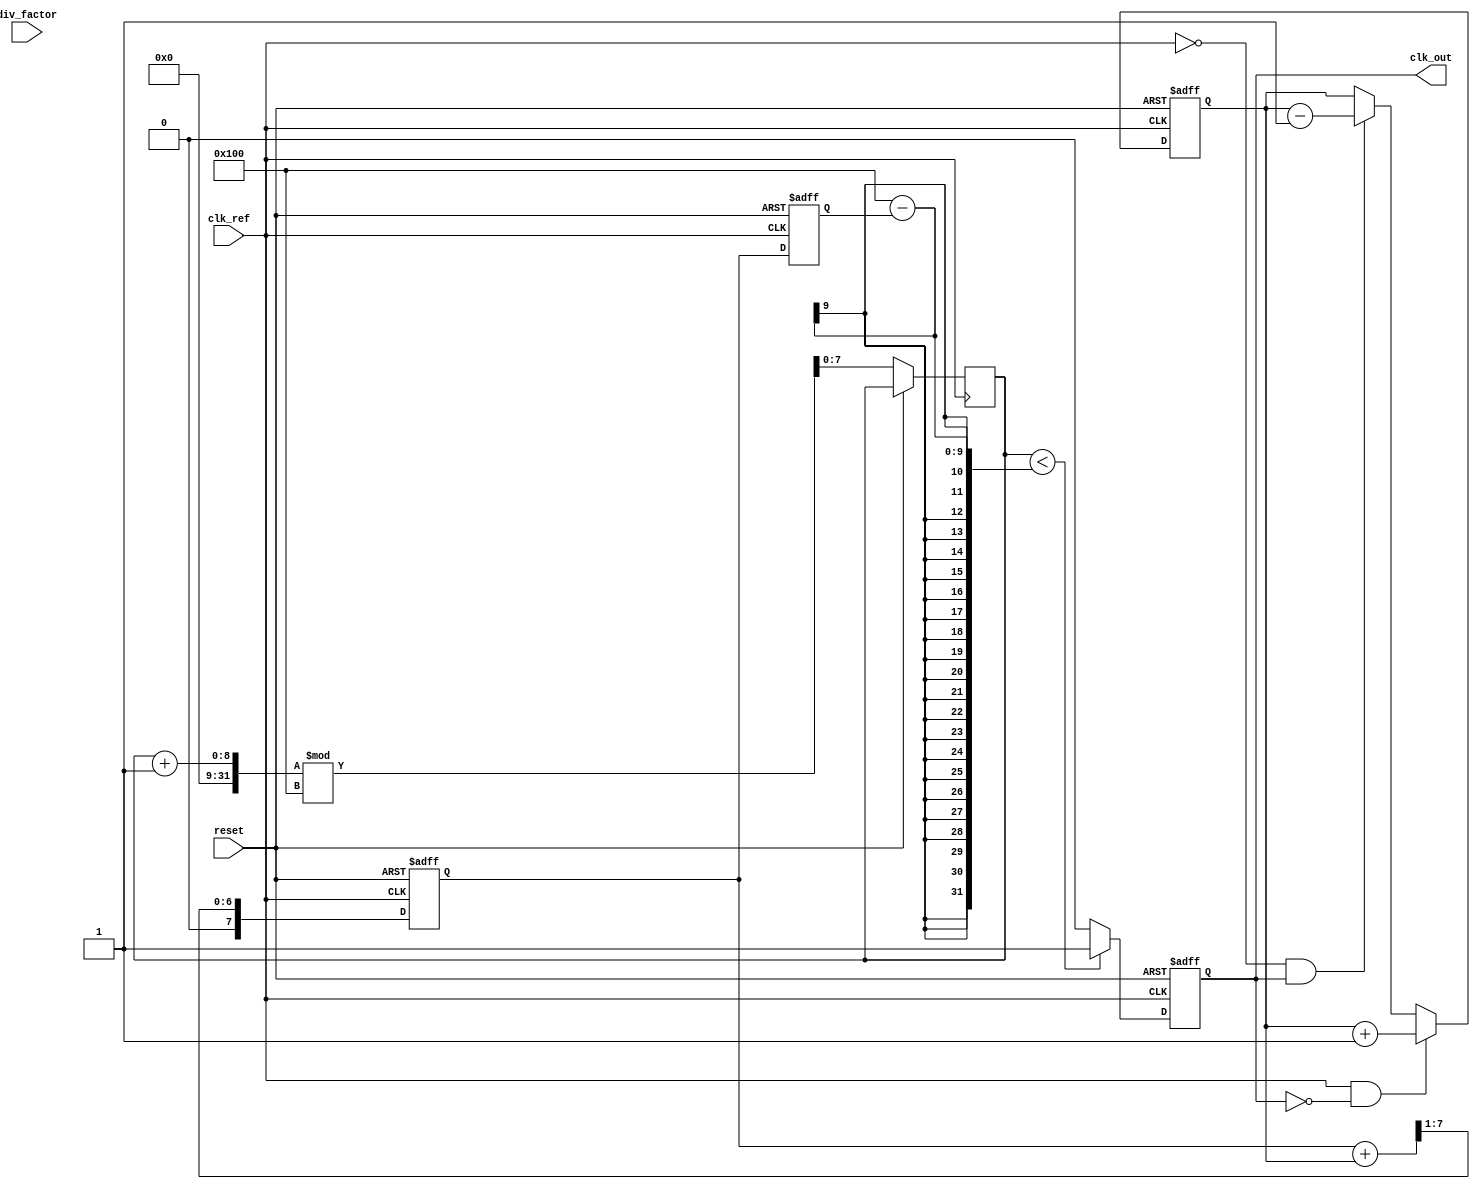
module adpll (
    input wire clk_ref,          // Reference clock input
    input wire reset,            // Reset signal
    input wire [7:0] div_factor, // Division factor for frequency divider
    output reg clk_out           // Output clock
);

// Parameters
parameter N = 8;                // Bit-width for control signals
parameter DLF_SIZE = 4;         // Size of the digital loop filter

// Internal signals
reg [N-1:0] vco_freq;           // VCO frequency control signal
reg [N-1:0] error_signal;       // Error signal from phase detector
reg [N-1:0] loop_filter;        // Output of the digital loop filter
reg [N-1:0] feedback;           // Feedback signal from frequency divider
reg [N-1:0] vco_output;         // VCO output signal
reg [N-1:0] counter;            // Counter for frequency division
reg [N-1:0] dlf_coeff [0:DLF_SIZE-1]; // Coefficients for digital loop filter

// Initialize loop filter coefficients (example values)
initial begin
    dlf_coeff[0] = 8'h1; // Example coefficient
    dlf_coeff[1] = 8'h1; // Example coefficient
    dlf_coeff[2] = 8'h0; // Example coefficient
    dlf_coeff[3] = 8'h0; // Example coefficient
end

// Phase Detector
always @(posedge clk_ref or posedge reset) begin
    if (reset) begin
        error_signal <= 0;
    end else begin
        // Simple phase comparison logic (for demonstration)
        if (clk_ref && !clk_out) begin
            error_signal <= error_signal + 1; // Phase lead
        end else if (!clk_ref && clk_out) begin
            error_signal <= error_signal - 1; // Phase lag
        end
    end
end

// Digital Loop Filter
always @(posedge clk_ref or posedge reset) begin
    if (reset) begin
        loop_filter <= 0;
    end else begin
        // Simple FIR filter implementation
        loop_filter <= (loop_filter + error_signal) >> 1; // Example averaging
    end
end

// VCO (Digital Controlled Oscillator)
always @(posedge clk_ref or posedge reset) begin
    if (reset) begin
        vco_freq <= 0;
        clk_out <= 0;
    end else begin
        vco_freq <= loop_filter; // Control VCO frequency
        // Generate output clock based on VCO frequency
        if (counter < (256 - vco_freq)) begin
            clk_out <= 1;
        end else begin
            clk_out <= 0;
        end
        counter <= (counter + 1) % 256; // Simple counter for clock generation
    end
end

// Frequency Divider
always @(posedge clk_out or posedge reset) begin
    if (reset) begin
        feedback <= 0;
    end else begin
        feedback <= feedback + 1;
        if (feedback >= div_factor) begin
            feedback <= 0;
            // Feedback to phase detector can be implemented here
        end
    end
end

endmodule